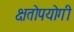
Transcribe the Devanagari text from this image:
क्षतोपयोगी